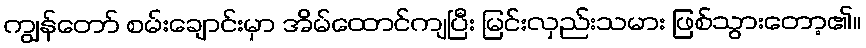
ကျွန်တော် စမ်းချောင်းမှာ အိမ်ထောင်ကျပြီး မြင်းလှည်းသမား ဖြစ်သွားတော့၏။